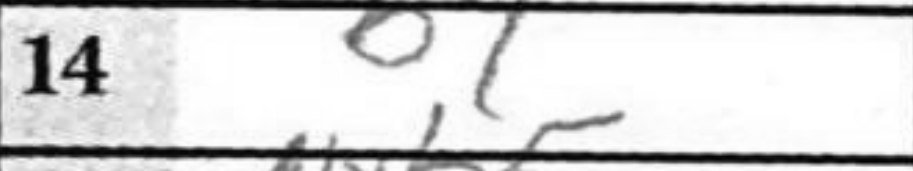
Transcription: b4